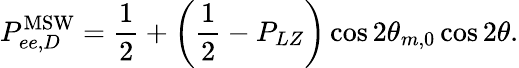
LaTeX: P_{ee,D}^{\mathrm{MSW}}=\frac{1}{2}+\left(\frac{1}{2}-P_{LZ}\right)\cos 2\theta_{m,0}\cos 2\theta.